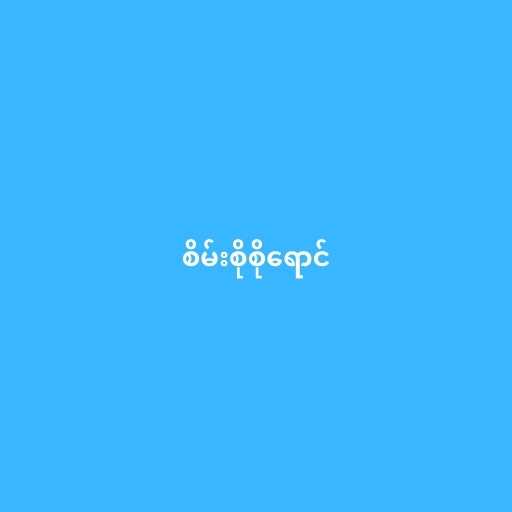
စိမ်းစိုစိုရောင်